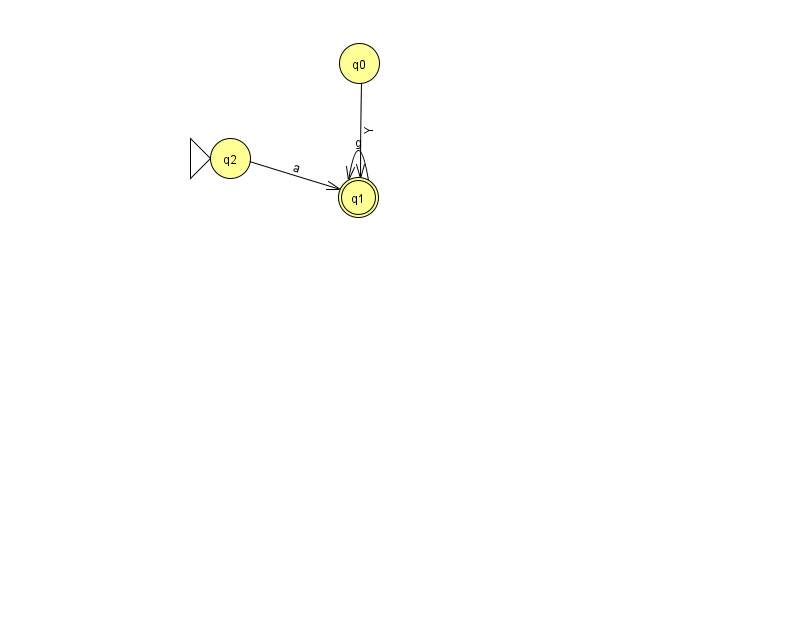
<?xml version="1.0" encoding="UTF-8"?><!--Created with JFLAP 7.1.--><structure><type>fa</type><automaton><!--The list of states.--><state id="0" name="q0"><x>359.0</x><y>50.0</y></state><state id="1" name="q1"><x>358.0</x><y>184.0</y><final/></state><state id="2" name="q2"><x>230.0</x><y>145.0</y><initial/></state><!--The list of transitions.--><transition><from>2</from><to>1</to><read>a</read></transition><transition><from>1</from><to>1</to><read>g</read></transition><transition><from>0</from><to>1</to><read>Y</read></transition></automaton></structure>